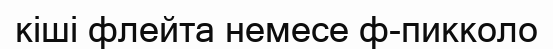
кіші флейта немесе ф-пикколо